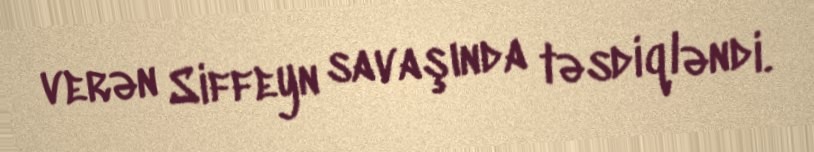
verən Siffeyn savaşında təsdiqləndi.